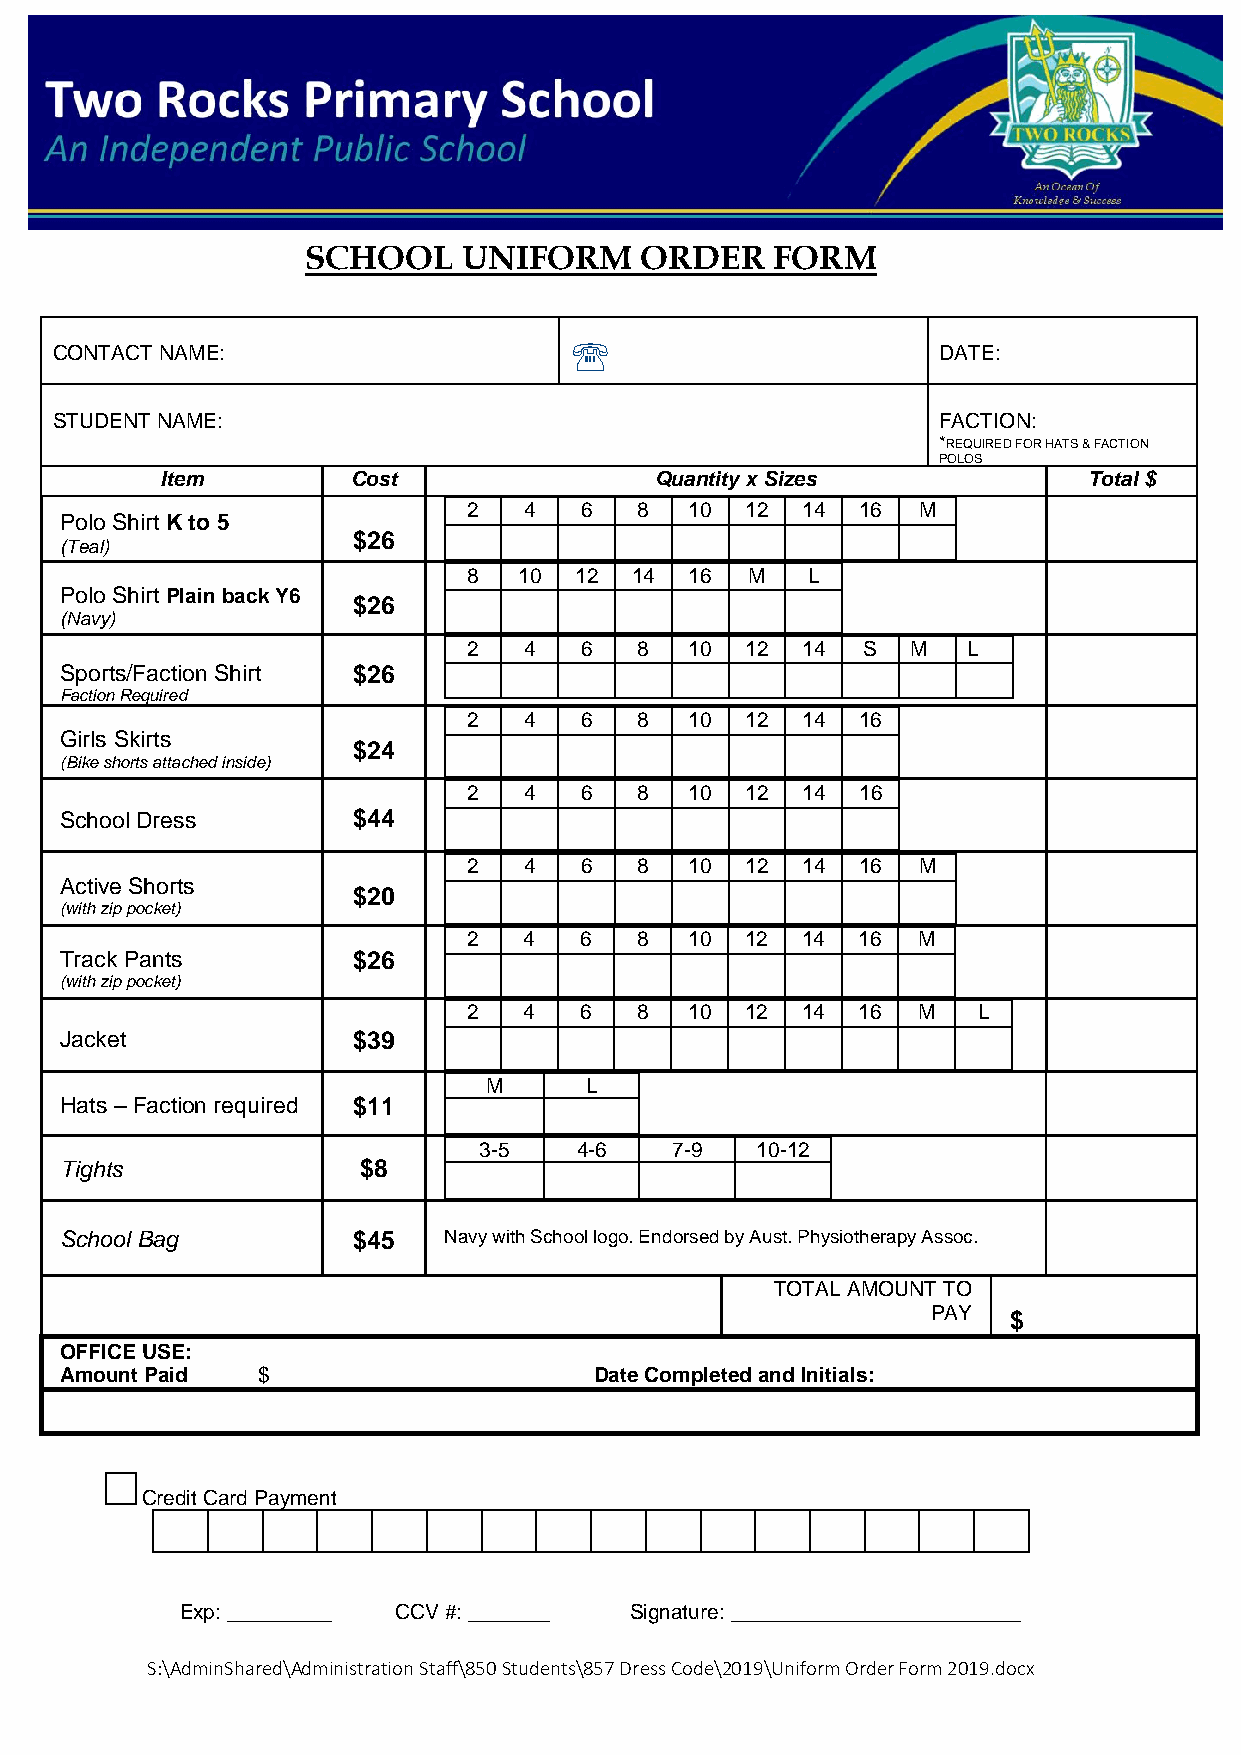
SCHOOL     UNIFORM    ORDER    FORM
 
 CONTACT NAME:                                             DATE:
 STUDENT NAME:                                              FACTION:
 *REQUIRED FOR HATS & FACTION
 POLOS
 Item        Cost                Quantity x Sizes             Total $
 2   4  6   8   10 12  14  16  M
 Polo Shirt K to 5
 (Teal)
 $26
 8  10  12  14  16  M  L
 Polo Shirt Plain back Y6
 $26
 (Navy)
 2   4  6   8   10 12  14  S  M   L
 Sports/Faction Shirt $26
 Faction Required
 2   4  6   8   10 12  14  16
 Girls Skirts
 $24
 (Bike shorts attached inside)
 2   4  6   8   10 12  14  16
 School Dress       $44
 2   4  6   8   10 12  14  16  M
 Active Shorts
 $20
 (with zip pocket)
 2   4  6   8   10 12  14  16  M
 Track Pants        $26
 (with zip pocket)
 2   4  6   8   10 12  14  16  M   L
 Jacket             $39
 M      L
 Hats – Faction required $11
 3-5   4-6   7-9   10-12
 Tights              $8
 School Bag         $45   Navy with School logo. Endorsed by Aust. Physiotherapy Assoc.
 TOTAL AMOUNT TO
 PAY  $
 OFFICE USE:
 Amount Paid  $                     Date Completed and Initials:
 □
 Credit Card Payment
 Exp: _________ CCV #: _______ Signature: _________________________
 S:\AdminShared\Administration Staff\850 Students\857 Dress Code\2019\Uniform Order Form 2019.docx